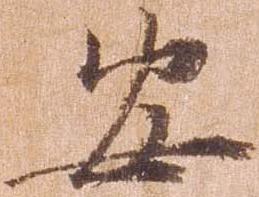
安